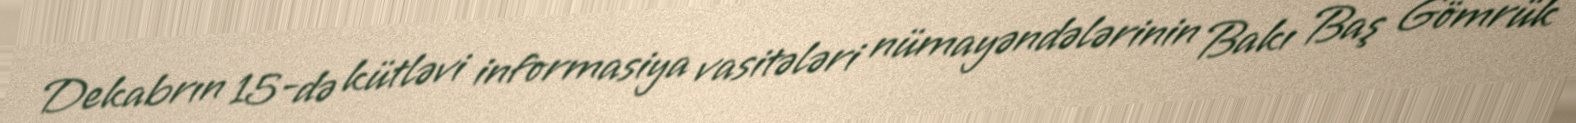
Dekabrın 15-də kütləvi informasiya vasitələri nümayəndələrinin Bakı Baş Gömrük